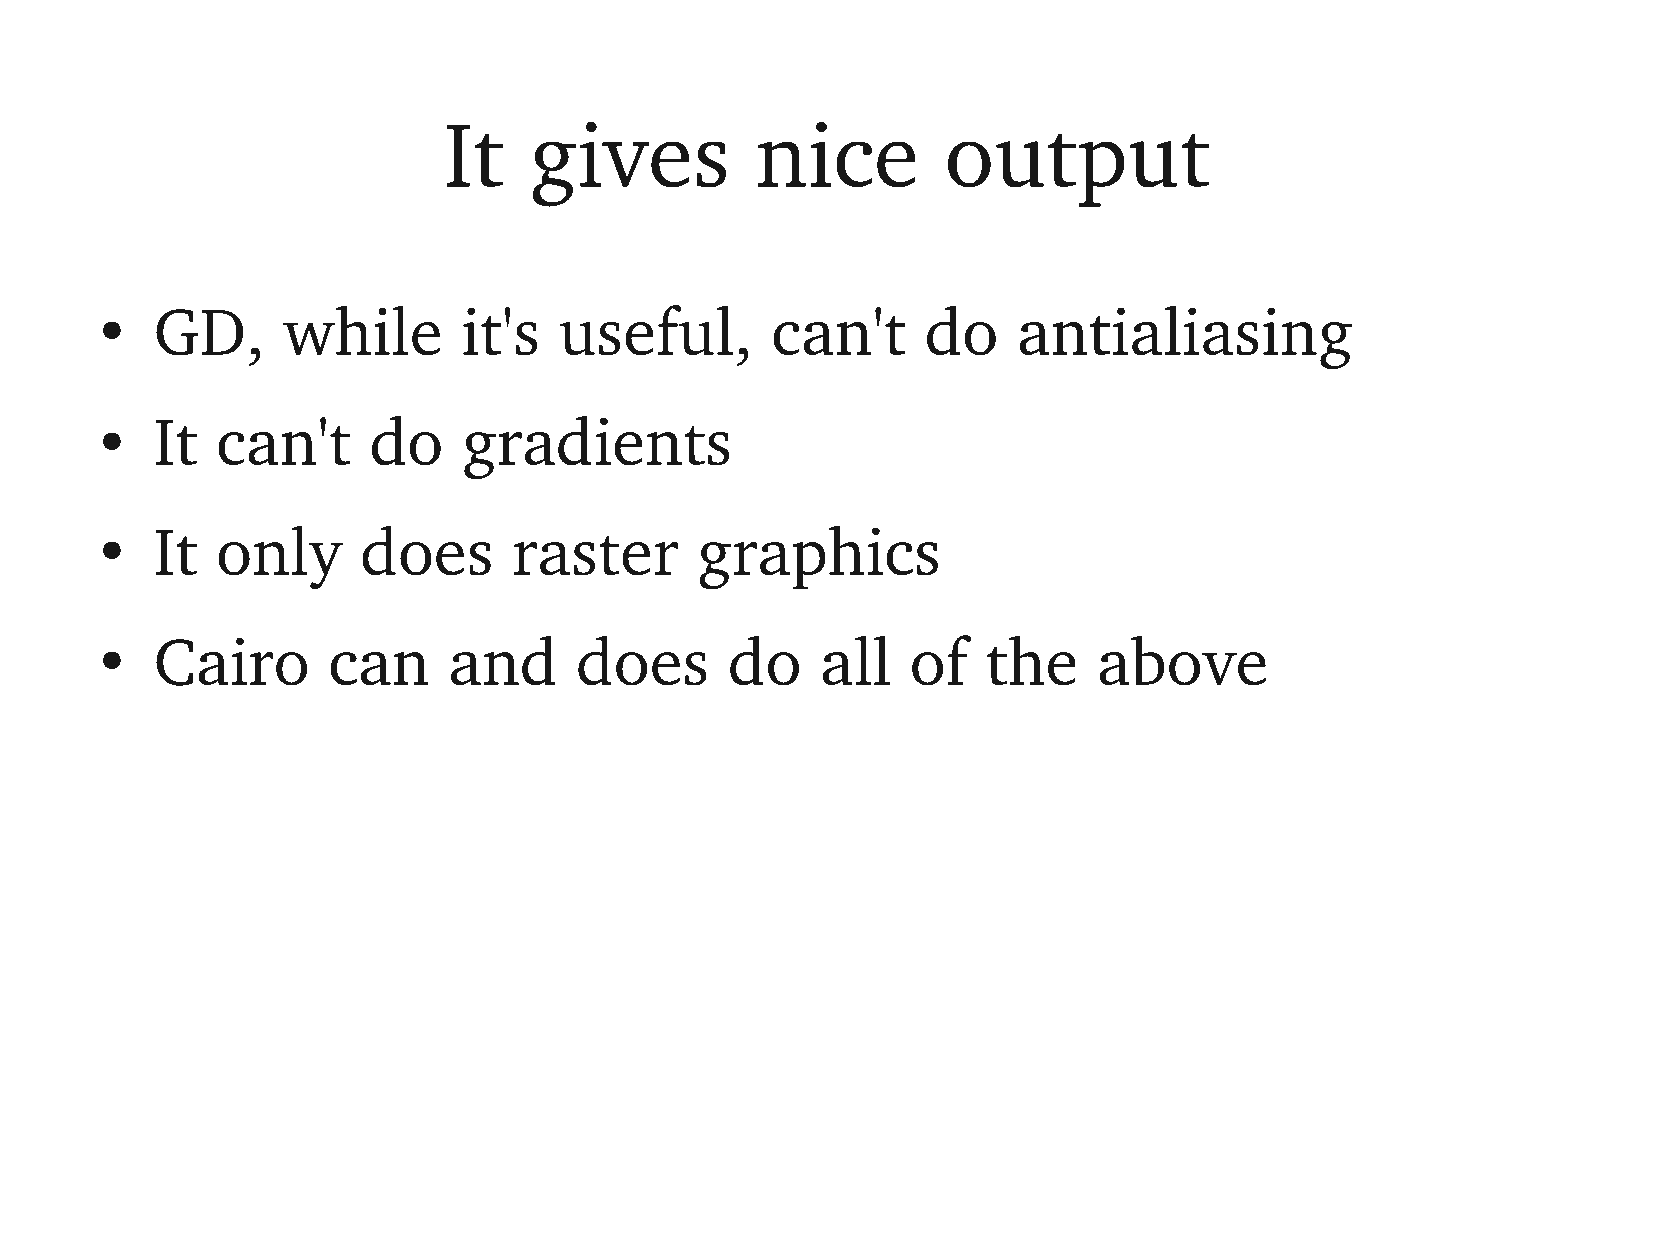
It    gives          nice         output
 GD,      while       it's  useful,       can't     do    antialiasing
 ●
 It  can't     do     gradients
 ●
 It  only      does      raster      graphics
 ●
 Cairo       can     and     does      do    all   of   the     above
 ●